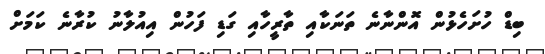
ބިޑް ހުށަހެޅުން އޮންނާނެ ތަނަކާއި ތާރީހާއި ގަޑި ފަހުން އިއުލާނު ކުރާނެ ކަމަށް